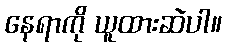
နေရာကို ယူထားဆဲပါ။